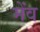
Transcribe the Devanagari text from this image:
मेंव